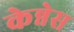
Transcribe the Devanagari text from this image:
केन्नेस